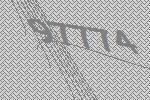
97774